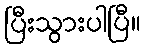
ပြီးသွားပါပြီ။